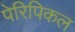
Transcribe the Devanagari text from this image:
पेरिपिकल